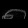
Digit: ၈